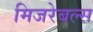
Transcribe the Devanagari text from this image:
मिजरेबल्स